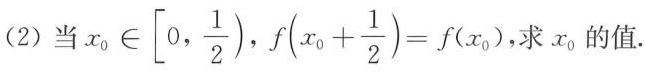
(2)当$$x_{0}\in \left[ 0, \frac{1}{2}),f(x_{0}+ \frac{1}{2})=f(x_{0}),$$ 求x0的值.